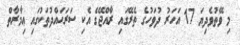
މި ވޭތުވެދިޔަ 17 އަހަރު ދުވަހުގެ ތެރޭގައި ރާއްޖޭގެ އެކި ސަރަޙައްދުތަކުގައި ޢިމާރާތް